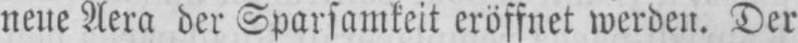
neue Aera der Sparsamkeit eröffnet werden. Der